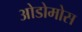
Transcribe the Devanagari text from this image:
ओडोमोस